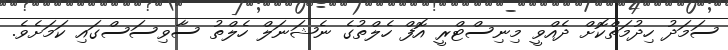
ސަމަދު ހިދުމަތްކޮށް ދެއްވީ މިނިސްޓްރީ އޮފް ހެލްތުގެ ނެޝަނަލް ހެލްތު ސާވިސަސްގައި ކަމަށެވެ.